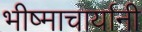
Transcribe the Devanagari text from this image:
भीष्माचार्यानी